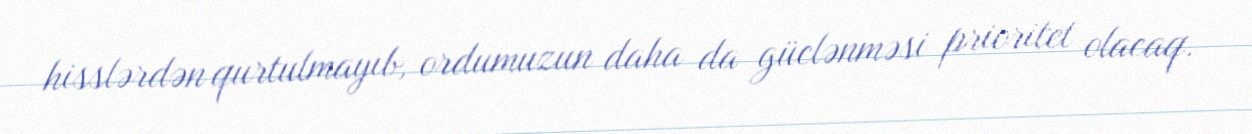
hisslərdən qurtulmayıb, ordumuzun daha da güclənməsi prioritet olacaq.